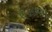
સડનલી